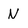
Character: N